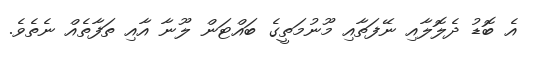
އެ ބޮޑު ދެލޮލާއި ނޭފަތާއި މޫނުމަތީގެ ބައްޓަން ލޫނާ އާއި ތަފާތެއް ނެތެވެ.